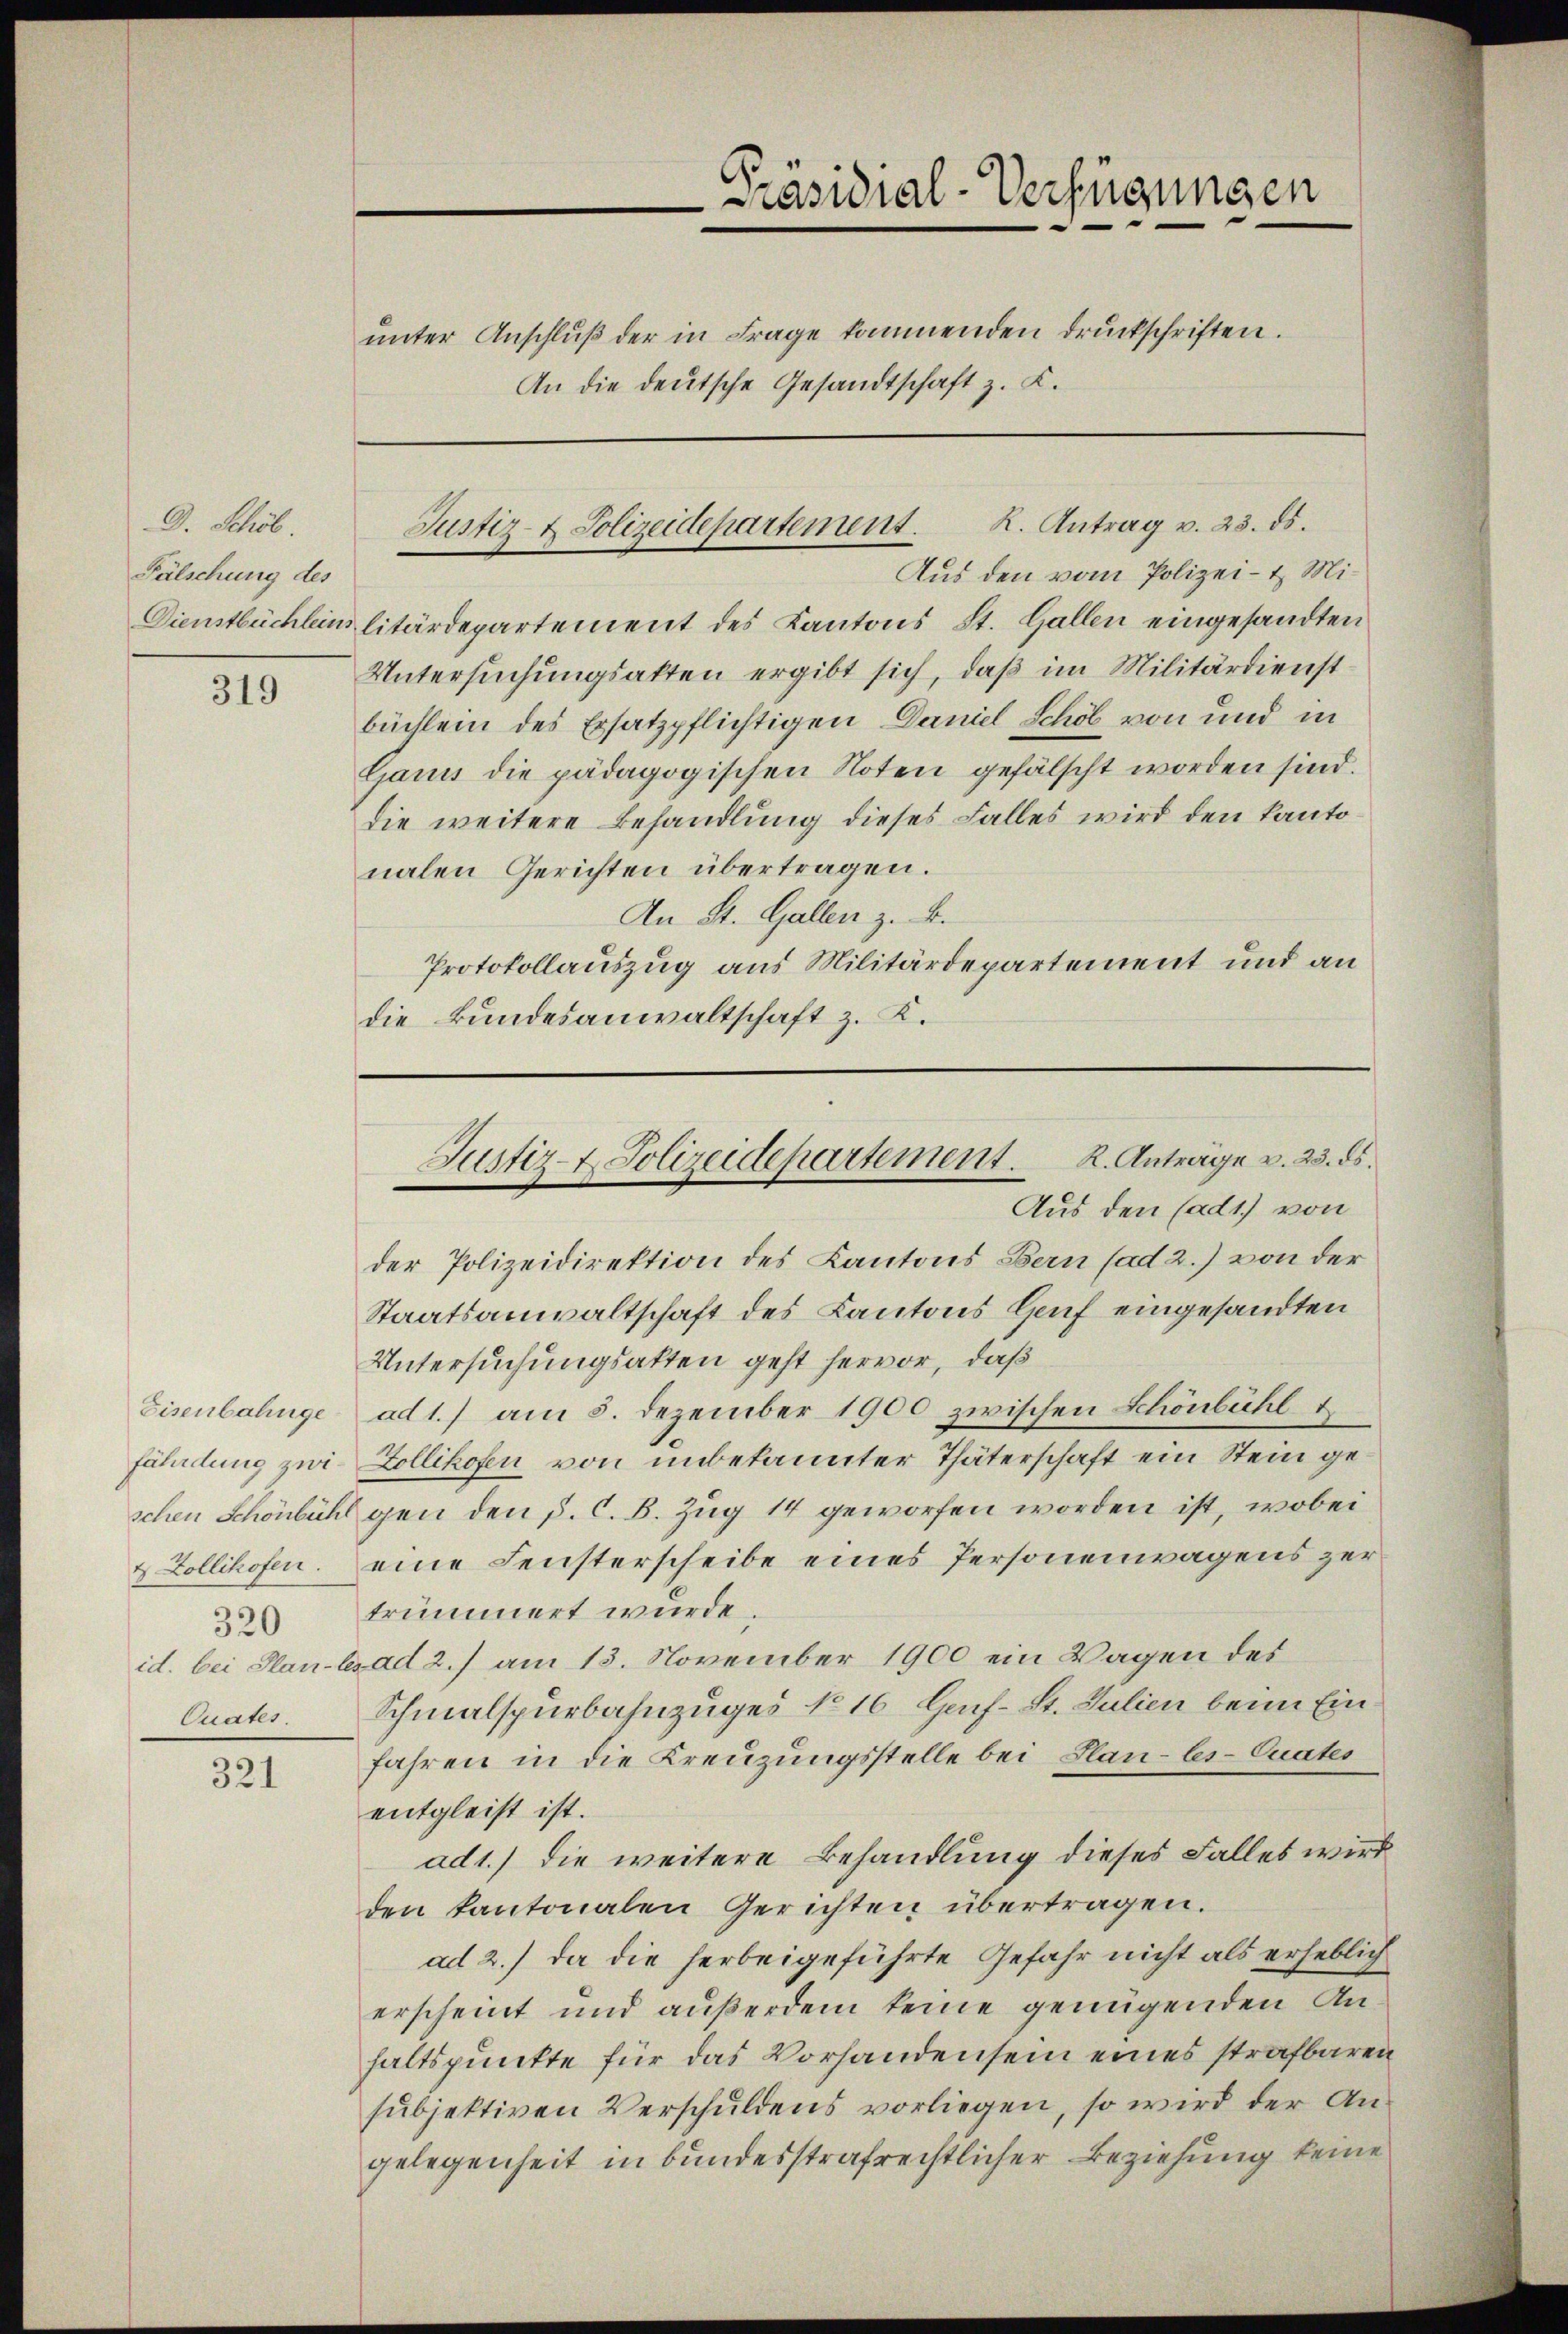
D. Schöb.
Fälschung des

319

4 Zollikofen.
320
Quates.

321

Präsidial-Verfügungen
ŭnter Anschlŭβ der in Frage kommenden druckschriften.
An die deutsche Gesandtschaft z. K.

R. Antrag v. 23. ds.
Justiz- & Polizeidepartement.

Aus den vom Polizei- & Mi¬
Dienstbüchleinslitärdepartement des Kantons St. Gallen eingesandten
Untersuchungsakten ergibt sich, daß im Militärdienst
büchlein des Ersatzpflichtigen Daniel Schöb von und in
Ganus die pädagogischen Noten gefälscht worden sind.
die weitere Behandlung dieses Falles wird den kantonalen Gerichten übertragen.
An St. Gallen z. B.
Protokollauszug aus Militärdepartement und an
die Bundesanwaltschaft z. K.

der Polizeidirektion des Kantons Bern (ad 2.) von der
Staatsanwaltschaft des Kantons Genf eingesandten
Untersuchungsatten geht hervor, daß
Eisenbahnge ad 1.) am 5. Dezember 1900 zwischen Schönbühl &
fährdung zwi- Zollikofen von unbekannter Thäterschaft ein Stein geschen Schönbühl gen den p. C. B. Zug 14 geworfen worden ist, wobei
eine Fensterscheibe eines Personenwagens zur
trümmert wurde.
id. bei Plan-lesad 2.) am 13. November 1900 ein Wagen des
Schmalspurbahnzuges No 16 Haif- St. Julien beim Einfahren in die Kreuzungsstelle bei Han-les-Quates
entgleist ist.
ad1.) die weitere Behandlung dieses Falles wird
den kantonalen Gerichten übertragen.
ad 2.) da die herbeigeführte Gefahr nicht als erheblich
erscheint und außerdem keine genügenden Anhaltspunkte für das Vorhandensein eines strafbaren
subjektiven Verschuldens vorliegen, so wird der Angelegenheit in bundesstrafrechtlicher Beziehung keine

K. Anträge v. 23. ds.
Justiz- & Polizeidepartement.
Aus den (ad1) von